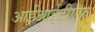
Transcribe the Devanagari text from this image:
आईआईटीएफ